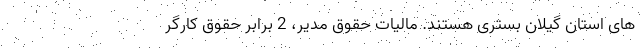
های استان گیلان بستری هستند. مالیات حقوق مدیر، 2 برابر حقوق کارگر